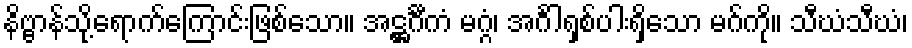
နိဗ္ဗာန်သို့ရောက်ကြောင်းဖြစ်သော။ အဋ္ဌင်္ဂီကံ မဂ္ဂံ၊ အင်္ဂါရှစ်ပါးရှိသော မဂ်ကို။ သီဃံသီဃံ၊